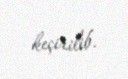
keçirilib.